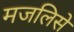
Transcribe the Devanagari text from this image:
मजलिसे